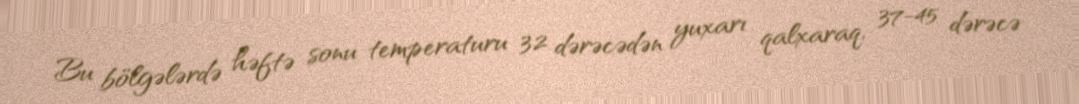
Bu bölgələrdə həftə sonu temperaturu 32 dərəcədən yuxarı qalxaraq, 37-45 dərəcə